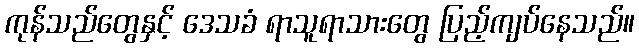
ကုန်သည်တွေနှင့် ဒေသခံ ရာသူရာသားတွေ ပြည့်ကျပ်နေသည်။